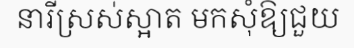
នារីស្រស់ស្អាត មកសុំឱ្យជួយ